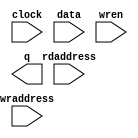
// megafunction wizard: %RAM: 2-PORT%VBB%
// GENERATION: STANDARD
// VERSION: WM1.0
// MODULE: altdpram 

// ============================================================
// Megafunction Name(s):
// 			altdpram
//
// Simulation Library Files(s):
// 			altera_mf
// ============================================================
// ************************************************************
// THIS IS A WIZARD-GENERATED FILE. DO NOT EDIT THIS FILE!
//
// 9.0 Build 235 06/17/2009 SP 2 SJ Web Edition
// ************************************************************

//Copyright (C) 1991-2009 Altera Corporation
//Your use of Altera Corporation's design tools, logic functions 
//and other software and tools, and its AMPP partner logic 
//functions, and any output files from any of the foregoing 
//(including device programming or simulation files), and any 
//associated documentation or information are expressly subject 
//to the terms and conditions of the Altera Program License 
//Subscription Agreement, Altera MegaCore Function License 
//Agreement, or other applicable license agreement, including, 
//without limitation, that your use is for the sole purpose of 
//programming logic devices manufactured by Altera and sold by 
//Altera or its authorized distributors.  Please refer to the 
//applicable agreement for further details.

module mega_memory (
	clock,
	data,
	rdaddress,
	wraddress,
	wren,
	q);

	input	  clock;
	input	[31:0]  data;
	input	[3:0]  rdaddress;
	input	[3:0]  wraddress;
	input	  wren;
	output	[31:0]  q;
`ifndef ALTERA_RESERVED_QIS
// synopsys translate_off
`endif
	tri0	  wren;
`ifndef ALTERA_RESERVED_QIS
// synopsys translate_on
`endif

endmodule

// ============================================================
// CNX file retrieval info
// ============================================================
// Retrieval info: PRIVATE: ADDRESSSTALL_A NUMERIC "0"
// Retrieval info: PRIVATE: ADDRESSSTALL_B NUMERIC "0"
// Retrieval info: PRIVATE: BYTEENA_ACLR_A NUMERIC "0"
// Retrieval info: PRIVATE: BYTEENA_ACLR_B NUMERIC "0"
// Retrieval info: PRIVATE: BYTE_ENABLE_A NUMERIC "0"
// Retrieval info: PRIVATE: BYTE_ENABLE_B NUMERIC "0"
// Retrieval info: PRIVATE: BYTE_SIZE NUMERIC "1"
// Retrieval info: PRIVATE: BlankMemory NUMERIC "1"
// Retrieval info: PRIVATE: CLOCK_ENABLE_INPUT_A NUMERIC "0"
// Retrieval info: PRIVATE: CLOCK_ENABLE_INPUT_B NUMERIC "0"
// Retrieval info: PRIVATE: CLOCK_ENABLE_OUTPUT_A NUMERIC "0"
// Retrieval info: PRIVATE: CLOCK_ENABLE_OUTPUT_B NUMERIC "0"
// Retrieval info: PRIVATE: CLRdata NUMERIC "0"
// Retrieval info: PRIVATE: CLRq NUMERIC "0"
// Retrieval info: PRIVATE: CLRrdaddress NUMERIC "0"
// Retrieval info: PRIVATE: CLRrren NUMERIC "0"
// Retrieval info: PRIVATE: CLRwraddress NUMERIC "0"
// Retrieval info: PRIVATE: CLRwren NUMERIC "0"
// Retrieval info: PRIVATE: Clock NUMERIC "0"
// Retrieval info: PRIVATE: Clock_A NUMERIC "0"
// Retrieval info: PRIVATE: Clock_B NUMERIC "0"
// Retrieval info: PRIVATE: ECC NUMERIC "0"
// Retrieval info: PRIVATE: IMPLEMENT_IN_LES NUMERIC "0"
// Retrieval info: PRIVATE: INDATA_ACLR_B NUMERIC "0"
// Retrieval info: PRIVATE: INDATA_REG_B NUMERIC "1"
// Retrieval info: PRIVATE: INIT_FILE_LAYOUT STRING "PORT_A"
// Retrieval info: PRIVATE: INIT_TO_SIM_X NUMERIC "0"
// Retrieval info: PRIVATE: INTENDED_DEVICE_FAMILY STRING "MAX II"
// Retrieval info: PRIVATE: JTAG_ENABLED NUMERIC "0"
// Retrieval info: PRIVATE: JTAG_ID STRING "NONE"
// Retrieval info: PRIVATE: MAXIMUM_DEPTH NUMERIC "0"
// Retrieval info: PRIVATE: MEMSIZE NUMERIC "512"
// Retrieval info: PRIVATE: MEM_IN_BITS NUMERIC "1"
// Retrieval info: PRIVATE: MIFfilename STRING ""
// Retrieval info: PRIVATE: OPERATION_MODE NUMERIC "2"
// Retrieval info: PRIVATE: OUTDATA_ACLR_B NUMERIC "0"
// Retrieval info: PRIVATE: OUTDATA_REG_B NUMERIC "1"
// Retrieval info: PRIVATE: RAM_BLOCK_TYPE NUMERIC "0"
// Retrieval info: PRIVATE: READ_DURING_WRITE_MODE_MIXED_PORTS NUMERIC "0"
// Retrieval info: PRIVATE: READ_DURING_WRITE_MODE_PORT_A NUMERIC "3"
// Retrieval info: PRIVATE: READ_DURING_WRITE_MODE_PORT_B NUMERIC "3"
// Retrieval info: PRIVATE: REGdata NUMERIC "1"
// Retrieval info: PRIVATE: REGq NUMERIC "1"
// Retrieval info: PRIVATE: REGrdaddress NUMERIC "1"
// Retrieval info: PRIVATE: REGrren NUMERIC "1"
// Retrieval info: PRIVATE: REGwraddress NUMERIC "1"
// Retrieval info: PRIVATE: REGwren NUMERIC "1"
// Retrieval info: PRIVATE: SYNTH_WRAPPER_GEN_POSTFIX STRING "0"
// Retrieval info: PRIVATE: USE_DIFF_CLKEN NUMERIC "0"
// Retrieval info: PRIVATE: UseDPRAM NUMERIC "1"
// Retrieval info: PRIVATE: VarWidth NUMERIC "0"
// Retrieval info: PRIVATE: WIDTH_READ_A NUMERIC "32"
// Retrieval info: PRIVATE: WIDTH_READ_B NUMERIC "32"
// Retrieval info: PRIVATE: WIDTH_WRITE_A NUMERIC "32"
// Retrieval info: PRIVATE: WIDTH_WRITE_B NUMERIC "32"
// Retrieval info: PRIVATE: WRADDR_ACLR_B NUMERIC "0"
// Retrieval info: PRIVATE: WRADDR_REG_B NUMERIC "1"
// Retrieval info: PRIVATE: WRCTRL_ACLR_B NUMERIC "0"
// Retrieval info: PRIVATE: enable NUMERIC "0"
// Retrieval info: PRIVATE: rden NUMERIC "0"
// Retrieval info: CONSTANT: INDATA_ACLR STRING "OFF"
// Retrieval info: CONSTANT: INDATA_REG STRING "INCLOCK"
// Retrieval info: CONSTANT: INTENDED_DEVICE_FAMILY STRING "MAX II"
// Retrieval info: CONSTANT: LPM_TYPE STRING "altdpram"
// Retrieval info: CONSTANT: OUTDATA_ACLR STRING "OFF"
// Retrieval info: CONSTANT: OUTDATA_REG STRING "OUTCLOCK"
// Retrieval info: CONSTANT: RDADDRESS_ACLR STRING "OFF"
// Retrieval info: CONSTANT: RDADDRESS_REG STRING "INCLOCK"
// Retrieval info: CONSTANT: RDCONTROL_ACLR STRING "OFF"
// Retrieval info: CONSTANT: RDCONTROL_REG STRING "UNREGISTERED"
// Retrieval info: CONSTANT: USE_EAB STRING "OFF"
// Retrieval info: CONSTANT: WIDTH NUMERIC "32"
// Retrieval info: CONSTANT: WIDTHAD NUMERIC "4"
// Retrieval info: CONSTANT: WRADDRESS_ACLR STRING "OFF"
// Retrieval info: CONSTANT: WRADDRESS_REG STRING "INCLOCK"
// Retrieval info: CONSTANT: WRCONTROL_ACLR STRING "OFF"
// Retrieval info: CONSTANT: WRCONTROL_REG STRING "INCLOCK"
// Retrieval info: USED_PORT: clock 0 0 0 0 INPUT NODEFVAL clock
// Retrieval info: USED_PORT: data 0 0 32 0 INPUT NODEFVAL data[31..0]
// Retrieval info: USED_PORT: q 0 0 32 0 OUTPUT NODEFVAL q[31..0]
// Retrieval info: USED_PORT: rdaddress 0 0 4 0 INPUT NODEFVAL rdaddress[3..0]
// Retrieval info: USED_PORT: wraddress 0 0 4 0 INPUT NODEFVAL wraddress[3..0]
// Retrieval info: USED_PORT: wren 0 0 0 0 INPUT GND wren
// Retrieval info: CONNECT: @data 0 0 32 0 data 0 0 32 0
// Retrieval info: CONNECT: q 0 0 32 0 @q 0 0 32 0
// Retrieval info: CONNECT: @wraddress 0 0 4 0 wraddress 0 0 4 0
// Retrieval info: CONNECT: @rdaddress 0 0 4 0 rdaddress 0 0 4 0
// Retrieval info: CONNECT: @wren 0 0 0 0 wren 0 0 0 0
// Retrieval info: CONNECT: @inclock 0 0 0 0 clock 0 0 0 0
// Retrieval info: CONNECT: @outclock 0 0 0 0 clock 0 0 0 0
// Retrieval info: LIBRARY: altera_mf altera_mf.altera_mf_components.all
// Retrieval info: GEN_FILE: TYPE_NORMAL mega_memory.v TRUE
// Retrieval info: GEN_FILE: TYPE_NORMAL mega_memory.inc FALSE
// Retrieval info: GEN_FILE: TYPE_NORMAL mega_memory.cmp FALSE
// Retrieval info: GEN_FILE: TYPE_NORMAL mega_memory.bsf FALSE
// Retrieval info: GEN_FILE: TYPE_NORMAL mega_memory_inst.v FALSE
// Retrieval info: GEN_FILE: TYPE_NORMAL mega_memory_bb.v TRUE
// Retrieval info: LIB_FILE: altera_mf